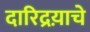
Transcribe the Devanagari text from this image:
दारिद्रय़ाचे